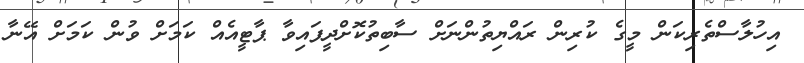
އިހުލާސްތެރިކަން މީގެ ކުރިން ރައްޔިތުންނަށް ސާބިތުކޮށްދީފައިވާ ޕާޓީއެއް ކަމަށް ވުން ކަމަށް އޭނާ